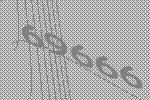
69666